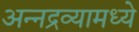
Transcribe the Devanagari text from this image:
अन्नद्रव्यामध्ये